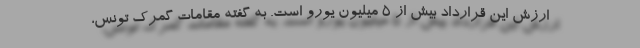
ارزش این قرارداد بیش از 5 میلیون یورو است. به گفته مقامات گمرک تونس،